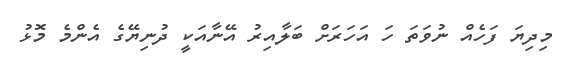
މިދިޔަ ފަހެއް ނުވަތަ ހަ އަހަރަށް ބަލާއިރު އޭނާއަކީ ދުނިޔޭގެ އެންމެ މޮޅު